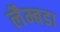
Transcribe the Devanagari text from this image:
लैम्बडा